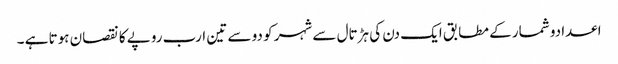
اعدادو شمار کے مطابق ایک دن کی ہڑتال سے شہر کو دو سے تین ارب روپے کا نقصان ہوتا ہے ۔